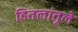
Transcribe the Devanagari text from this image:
हितलांतूले